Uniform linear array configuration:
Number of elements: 16
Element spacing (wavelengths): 0.75
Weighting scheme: binomial
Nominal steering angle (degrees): -45
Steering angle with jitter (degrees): -43.736
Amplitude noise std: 0.05
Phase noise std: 0.05

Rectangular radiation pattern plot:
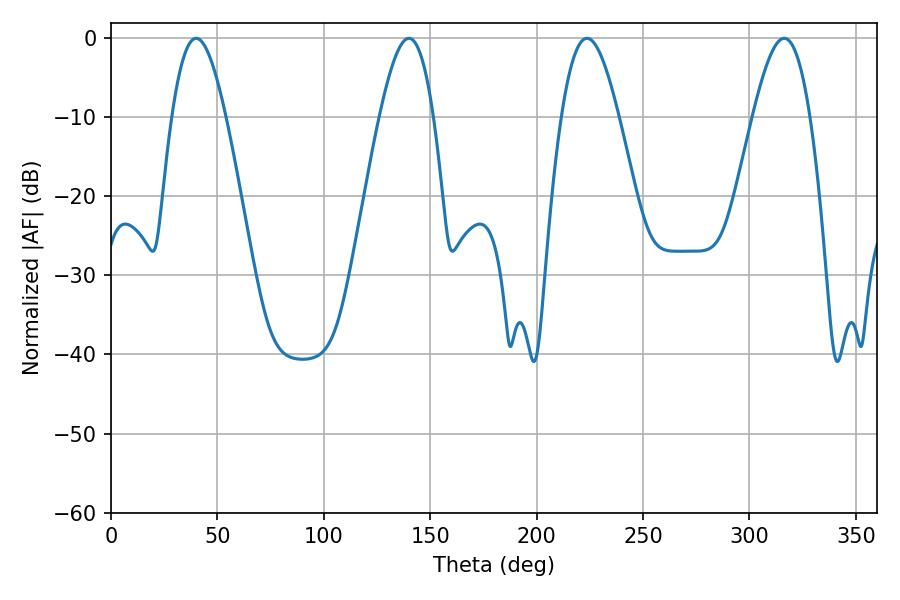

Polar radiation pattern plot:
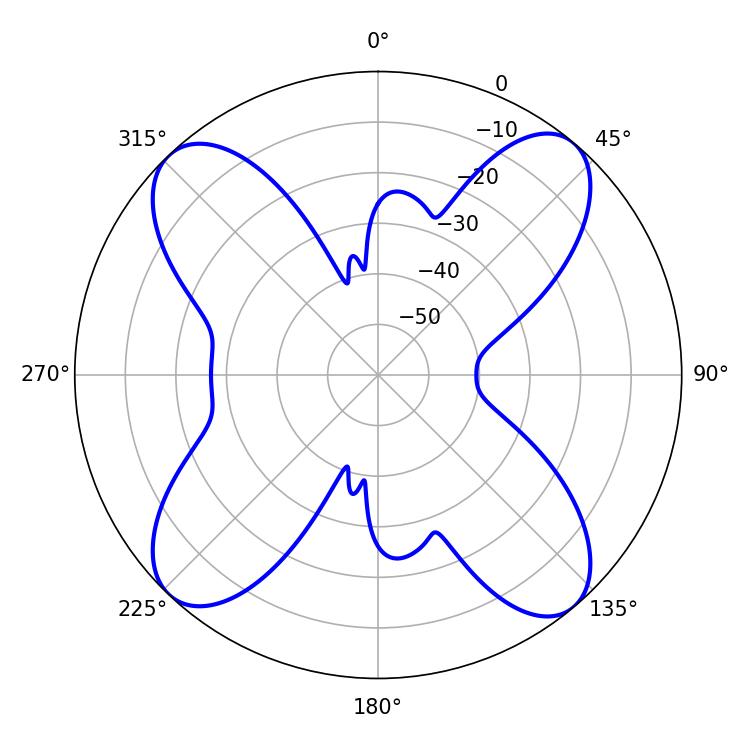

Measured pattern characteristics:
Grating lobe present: TRUE
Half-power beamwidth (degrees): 13.68
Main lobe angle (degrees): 39.96